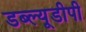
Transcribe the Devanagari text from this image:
डब्ल्यूडीपी